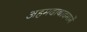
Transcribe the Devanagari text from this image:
अहमदाबादमार्गे